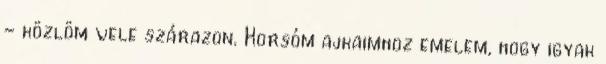
- közlöm vele szárazon. Korsóm ajkaimhoz emelem, hogy igyak